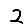
Digit: 2